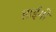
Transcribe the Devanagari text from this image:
हाईगो